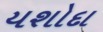
યશોદા